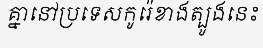
គ្នានៅប្រទេសកូរ៉េខាងត្បូងនេះ